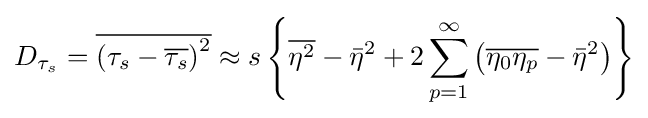
D_{{\tau }_{s}}={\overline {\left(\tau _{s}-{\overline {\tau _{s}}}\right)^{2}}}\approx s\left\{{\overline {\eta ^{2}}}-{\bar {\eta }}^{2}+2\sum _{p=1}^{\infty }\left({\overline {\eta _{0}\eta _{p}}}-{\bar {\eta }}^{2}\right)\right\}